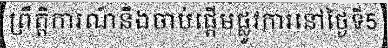
ព្រឹត្តិការណ៍នឹងចាប់ផ្តើមផ្លូវការនៅថ្ងៃទី5